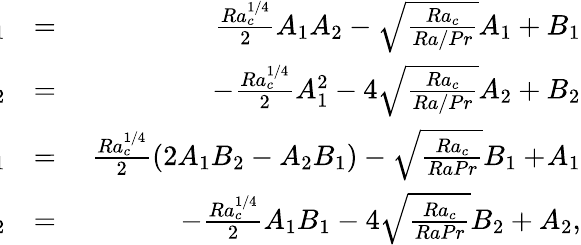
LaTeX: \begin{array}{rlr}{\! \! \! \! \! \! \dot{A_{1}}}&{=}&{\ \frac{Ra_{c}^{1/4}}{2}A_{1}A_{2}-\sqrt{\frac{Ra_{c}}{Ra/Pr}}A_{1}+B_{1}}\\ {\! \! \! \! \! \! \dot{A_{2}}}&{=}&{-\frac{Ra_{c}^{1/4}}{2}A_{1}^{2}-4\sqrt{\frac{Ra_{c}}{Ra/Pr}}A_{2}+B_{2}}\\ {\! \! \! \! \! \! \dot{B_{1}}}&{=}&{\ \frac{Ra_{c}^{1/4}}{2}(2A_{1}B_{2}-A_{2}B_{1})-\sqrt{\frac{Ra_{c}}{RaPr}}B_{1}+\! A_{1}}\\ {\! \! \! \! \! \! \dot{B_{2}}}&{=}&{-\frac{Ra_{c}^{1/4}}{2}A_{1}B_{1}-4\sqrt{\frac{Ra_{c}}{RaPr}}B_{2}+A_{2},}\end{array}